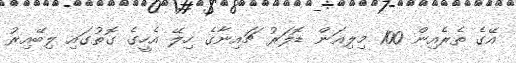
އޭގެ ތެރެއިން 100 މިލިއަން ޑޮލަރު ޗައިނާގެ ހިލޭ އެހީގެ ގޮތުގައި ލިބޭއިރު